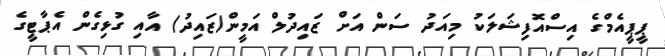
ޕީޕީއެމްގެ އިސްއޮފިޝަލަކު މިއަދު ސަން އަށް ޒައިދުލް އަމީން(ޒައިދު) އާއި ގުޅިގެން އެޕާޓީގެ